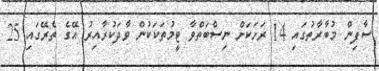
ސާފިން މުބާރާތުގައި 14 ރަށަކަށް ނިސްބަތްވާ ޓީމުތަކަކުން ވާދަކުރާއިރު އޭގެ ތެރޭގައި 25